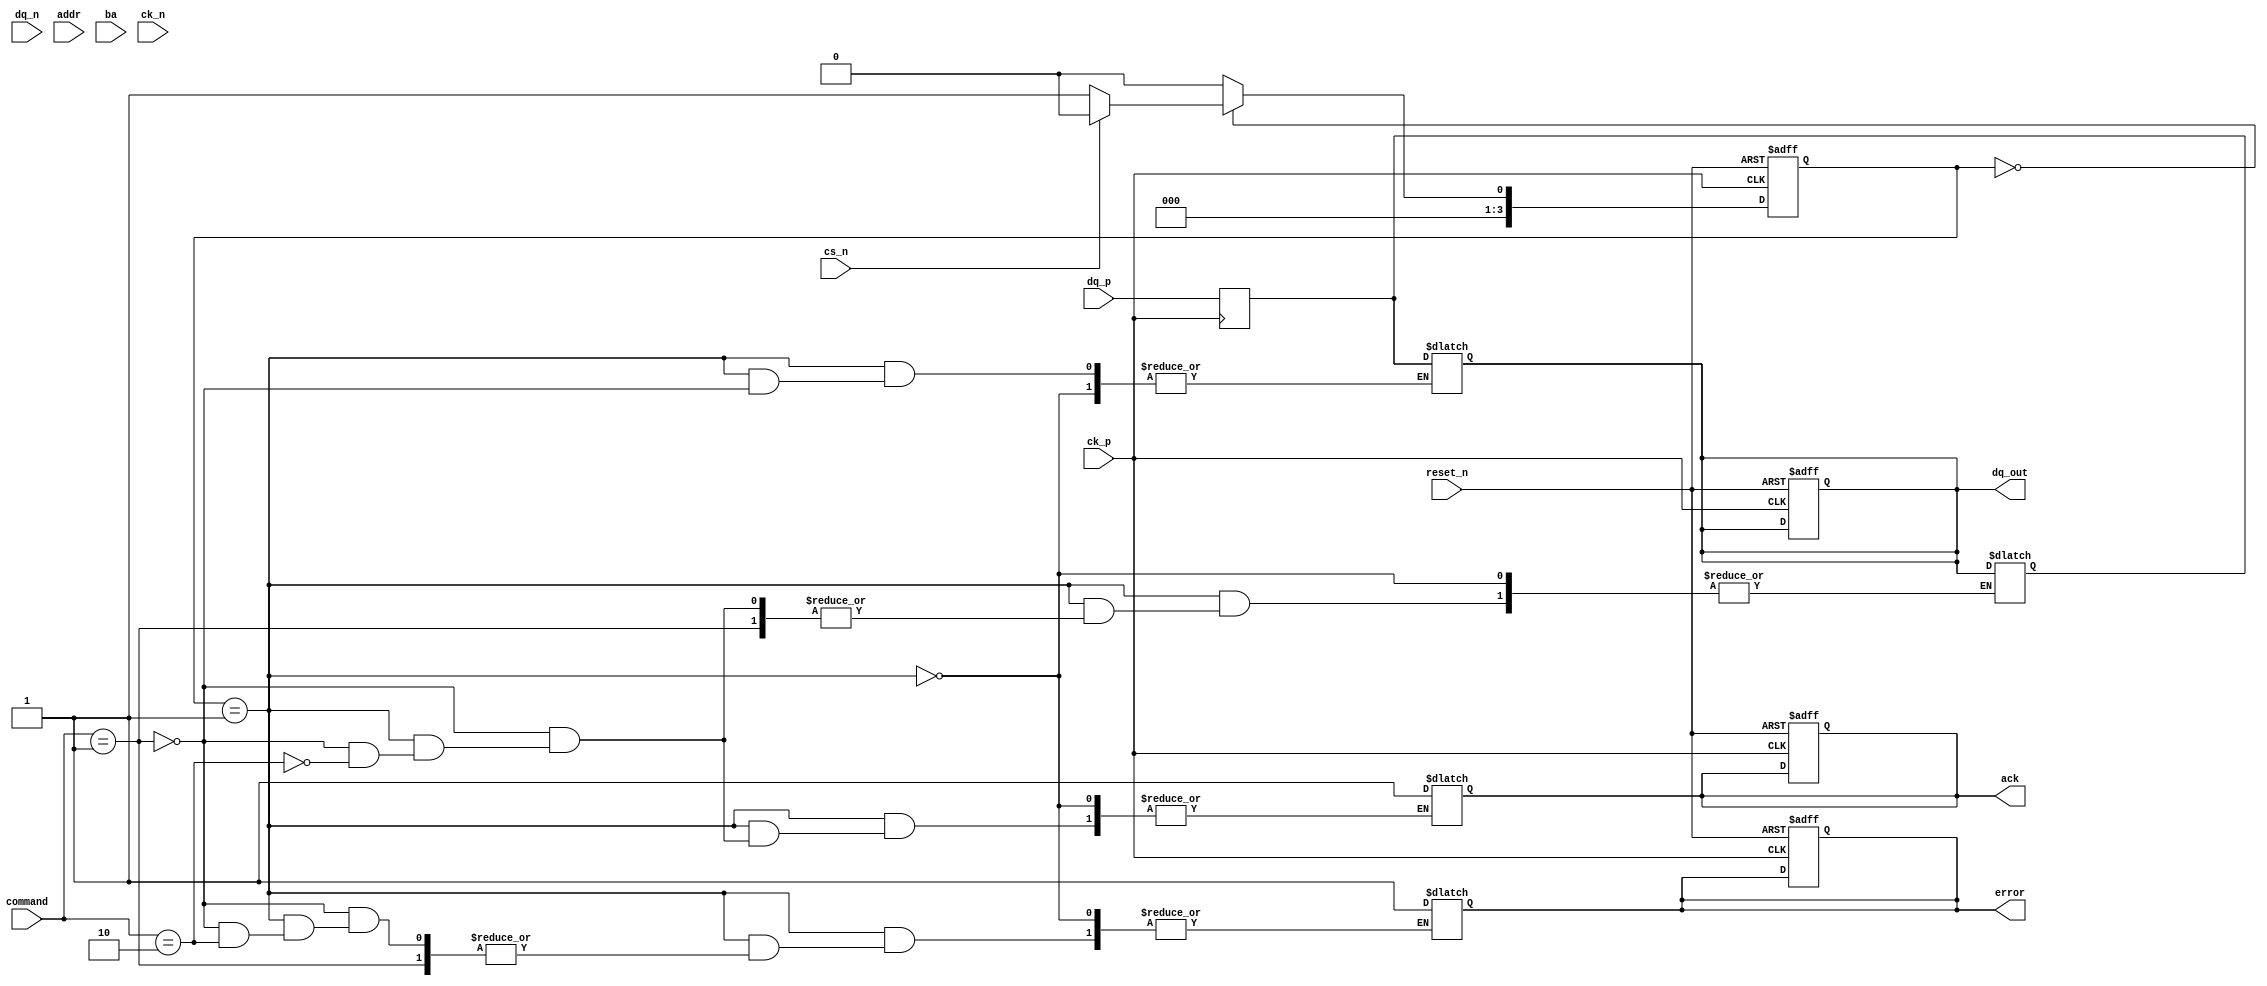
module gddr6x_io_block (
    input wire [DQ_WIDTH-1:0] dq_p,       // Positive side of data lines
    input wire [DQ_WIDTH-1:0] dq_n,       // Negative side of data lines
    input wire [ADDR_WIDTH-1:0] addr,     // Address lines
    input wire [BA_WIDTH-1:0] ba,         // Bank address lines
    input wire cs_n,                       // Chip select (active low)
    input wire ck_p,                       // Clock positive
    input wire ck_n,                       // Clock negative
    input wire reset_n,                    // Active low reset
    input wire [3:0] command,              // Command signals
    output reg [DQ_WIDTH-1:0] dq_out,     // Data output
    output reg ack,                        // Acknowledgment signal
    output reg error                       // Error signal
);
    parameter DQ_WIDTH = 16;               // Number of data lines
    parameter ADDR_WIDTH = 10;             // Address width
    parameter BA_WIDTH = 2;                // Bank address width

    // Internal signals
    reg [DQ_WIDTH-1:0] dq_in;              // Data input
    reg [3:0] state;                       // Current state for FSM
    reg [3:0] next_state;                  // Next state for FSM

    // Finite State Machine (FSM) for command processing
    always @(posedge ck_p or negedge reset_n) begin
        if (!reset_n) begin
            state <= 0;
            dq_out <= 0;
            ack <= 0;
            error <= 0;
        end else begin
            state <= next_state;
        end
    end

    always @(*) begin
        case (state)
            0: begin // Idle state
                if (!cs_n) begin
                    next_state = 1; // Move to command processing
                end else begin
                    next_state = 0;
                end
            end
            1: begin // Command processing
                // Check for valid command and process
                if (command == 4'b0001) begin // Example: Read command
                    dq_out = dq_in;         // Output data
                    ack = 1;                // Acknowledge
                    next_state = 0;         // Return to idle
                end else if (command == 4'b0010) begin // Example: Write command
                    dq_in = dq_out;         // Capture data input
                    ack = 1;                // Acknowledge
                    next_state = 0;         // Return to idle
                end else begin
                    error = 1;             // Set error flag for invalid command
                    next_state = 0;         // Return to idle
                end
            end
            default: next_state = 0; // Default to idle
        endcase
    end

    // Data Input Buffer (PAM4 decoding logic placeholder)
    always @(posedge ck_p) begin
        // Data input logic (to be implemented)
        dq_in <= {dq_n, dq_p}; // Simplified capture of differential data
    end

    // Output logic (to be expanded for actual data output based on commands)
    always @(posedge ck_p) begin
        // Placeholder for output logic
    end

    // Power Management and Signal Integrity features would be implemented here

endmodule